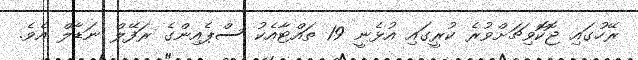
ރޭހުގައި ޖޮކޮވިޗަށްވުރެ ކުރީގައި އުޅެނީ 19 ތައްޓާއެކު ސްޕެއިންގެ ރަފޭލް ނަޑާލް އެވެ.